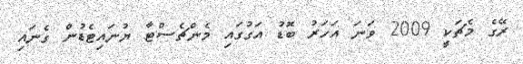
ރޭގެ މެޗަކީ 2009 ވަނަ އަހަރު ބޮޑު އަގުގައި މެންޗެސްޓާ ޔުނައިޓެޑުން ގެނައި